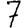
Digit: 7